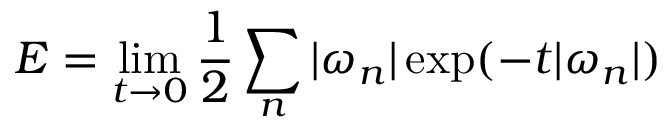
E = \operatorname* { l i m } _ { t \to 0 } { \frac { 1 } { 2 } } \sum _ { n } | \omega _ { n } | \exp ( - t | \omega _ { n } | )